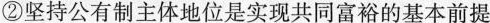
②坚持公有制主体地位是实现共同富裕的基本前提